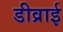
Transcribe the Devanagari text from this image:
डीव्राई